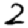
Digit: 2